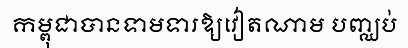
កម្ពុជាបានទាមទារឱ្យវៀតណាម បញ្ឈប់